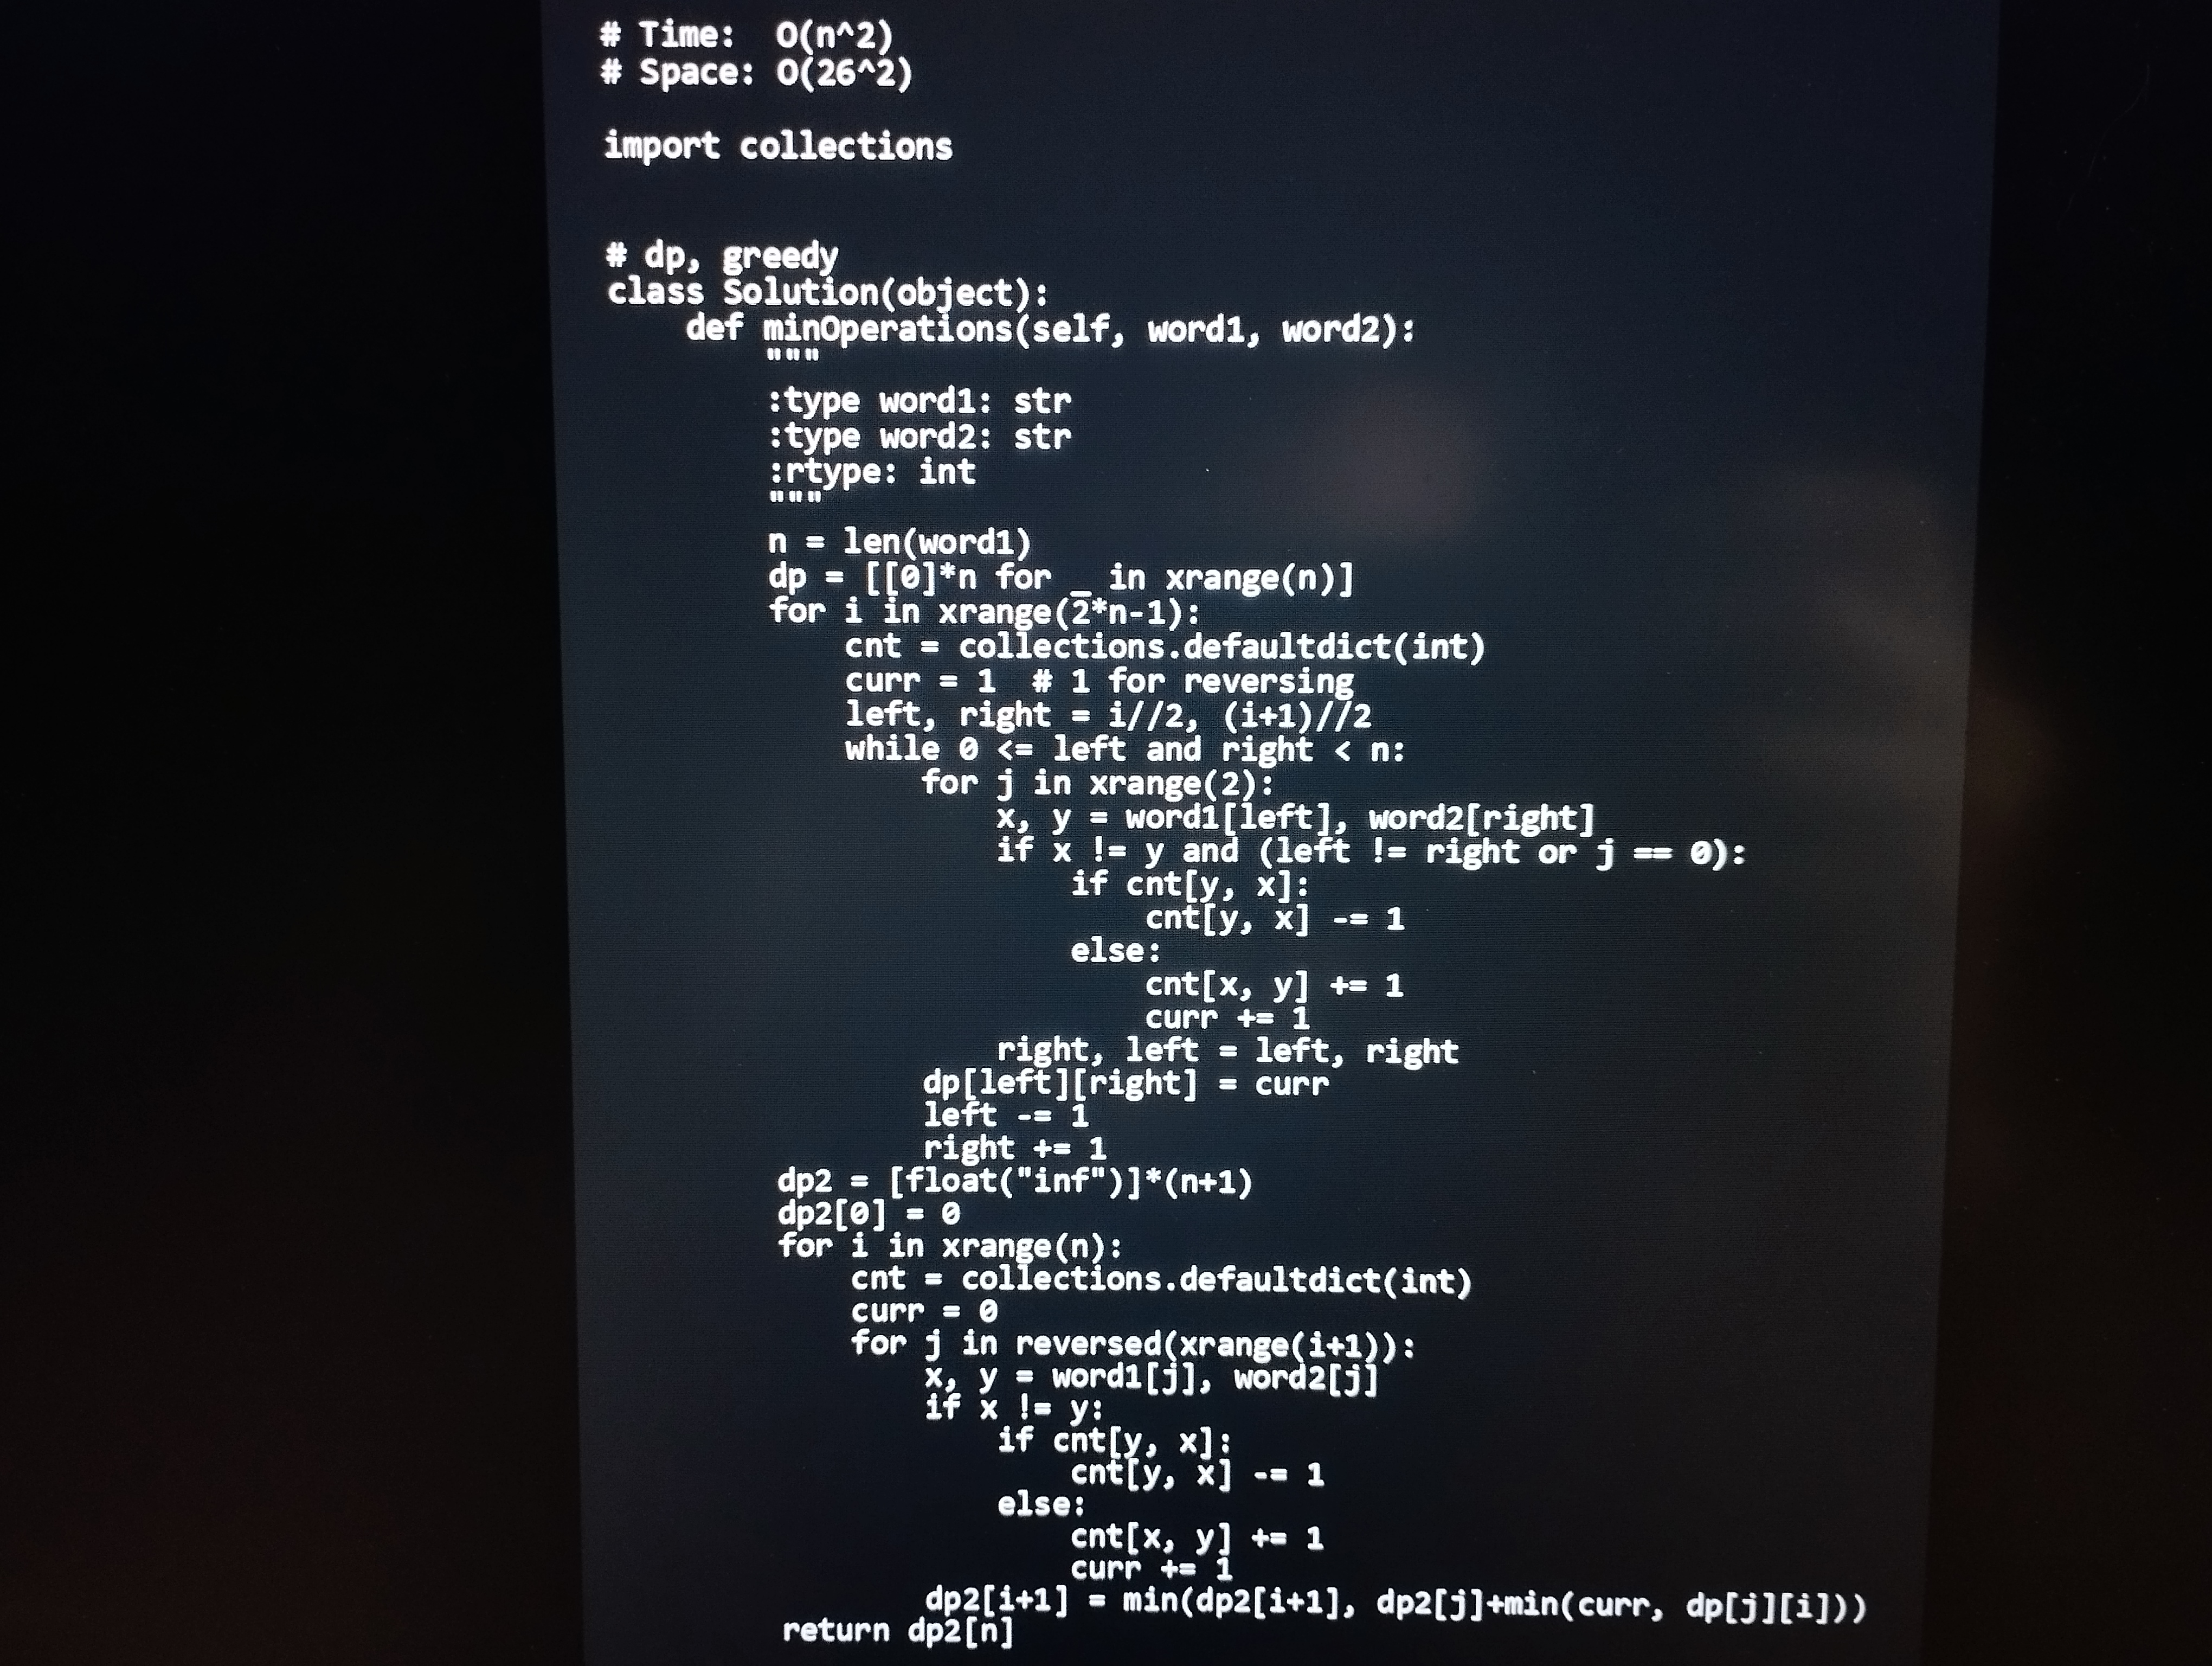
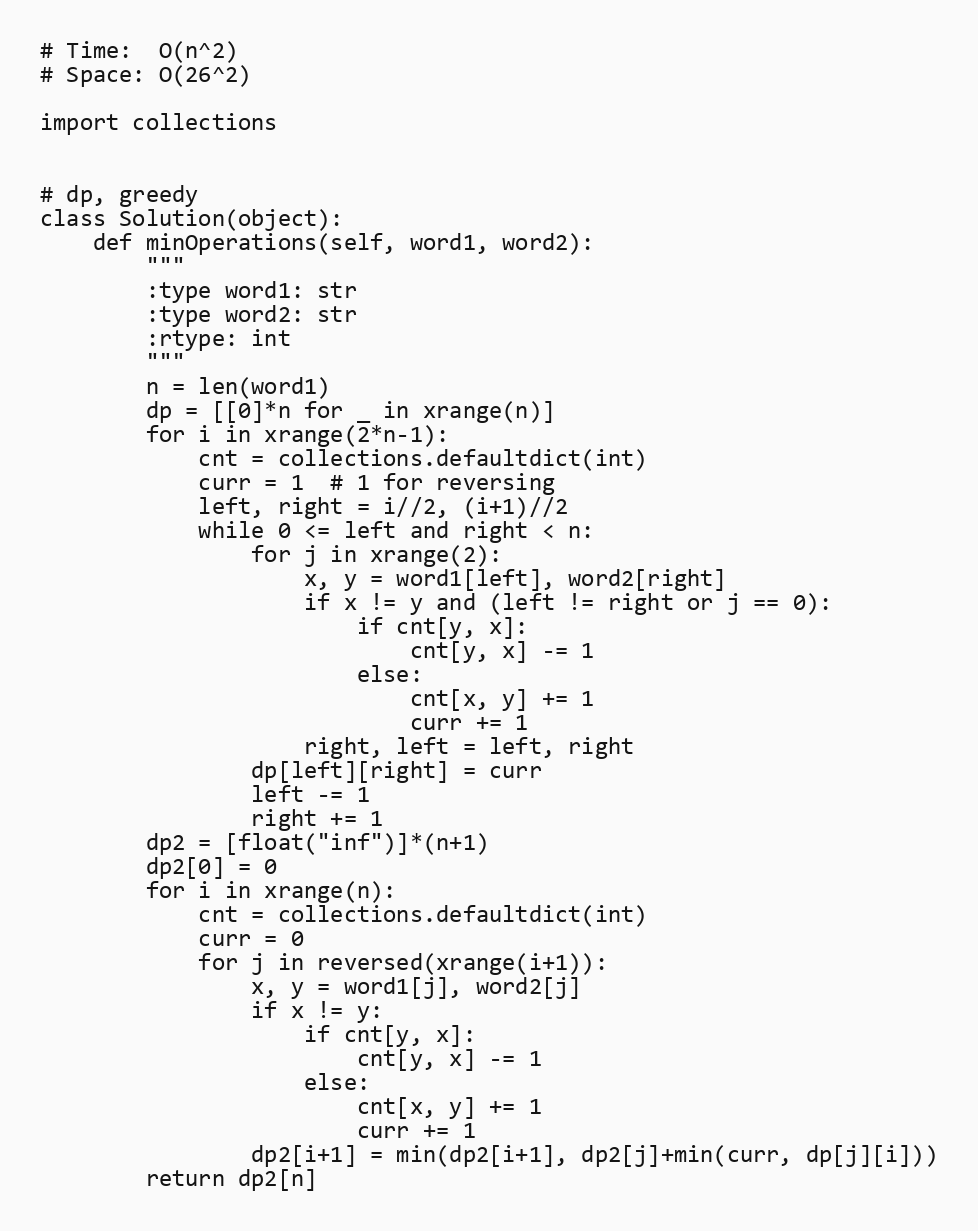
# Time:  O(n^2)
# Space: O(26^2)

import collections

# dp, greedy
class Solution(object):
    def minOperations(self, word1, word2):
        """
        :type word1: str
        :type word2: str
        :rtype: int
        """
        n = len(word1)
        dp = [[0]*n for _ in xrange(n)]
        for i in xrange(2*n-1):
            cnt = collections.defaultdict(int)
            curr = 1  # 1 for reversing
            left, right = i//2, (i+1)//2
            while 0 <= left and right < n:
                for j in xrange(2):
                    x, y = word1[left], word2[right]
                    if x != y and (left != right or j == 0):
                        if cnt[y, x]:
                            cnt[y, x] -= 1
                        else:
                            cnt[x, y] += 1
                            curr += 1
                    right, left = left, right
                dp[left][right] = curr
                left -= 1
                right += 1
        dp2 = [float("inf")]*(n+1)
        dp2[0] = 0
        for i in xrange(n):
            cnt = collections.defaultdict(int)
            curr = 0
            for j in reversed(xrange(i+1)):
                x, y = word1[j], word2[j]
                if x != y:
                    if cnt[y, x]:
                        cnt[y, x] -= 1
                    else:
                        cnt[x, y] += 1
                        curr += 1
                dp2[i+1] = min(dp2[i+1], dp2[j]+min(curr, dp[j][i]))
        return dp2[n]